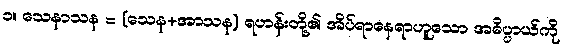
၁။ သေနာသန = (သေန+အာသန) ရဟန်းတို့၏ အိပ်ရာနေရာဟူသော အဓိပ္ပာယ်ကို